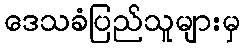
ဒေသခံပြည်သူများမှ